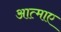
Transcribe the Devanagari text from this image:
आत्माए